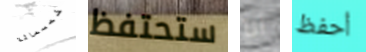
خمسمائة ستحتفظ أنا أحفظ